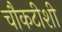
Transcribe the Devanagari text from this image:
चौकटीशी